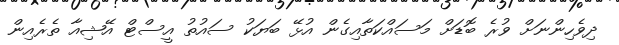
ދިވެހިންނަށް ވުރެ ބޮޑަށް މަސައްކަތާއިގެން އުޅޭ ބަޔަކު ސައުތު އީސްޓް އޭޝިއާ ތެރެއިން